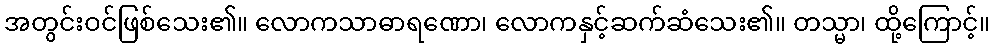
အတွင်းဝင်ဖြစ်သေး၏။ လောကသာဓာရဏော၊ လောကနှင့်ဆက်ဆံသေး၏။ တသ္မာ၊ ထို့ကြောင့်။